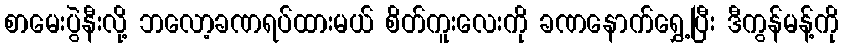
စာမေးပွဲနီးလို့ ဘလော့ခဏရပ်ထားမယ် စိတ်ကူးလေးကို ခဏနောက်ရွှေ့ပြီး ဒီကွန်မန့်ကို